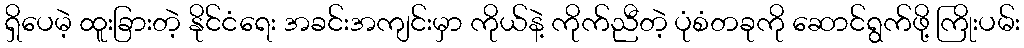
ရှိပေမဲ့ ထူးခြားတဲ့ နိုင်ငံရေး အခင်းအကျင်းမှာ ကိုယ်နဲ့ ကိုက်ညီတဲ့ ပုံစံတခုကို ဆောင်ရွက်ဖို့ ကြိုးပမ်း